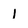
Character: 1